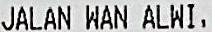
JALAN WAN ALWI,